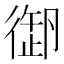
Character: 𢕜